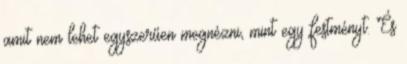
amit nem lehet egyszerűen megnézni, mint egy festményt. És